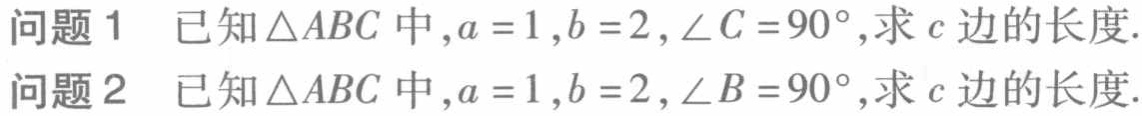
问题 1 已知\(\triangle ABC\)中，\(a = 1\)，\(b = 2\)，\(\angle C = 90^{\circ}\)，求\(c\)边的长度.
问题 2 已知\(\triangle ABC\)中，\(a = 1\)，\(b = 2\)，\(\angle B = 90^{\circ}\)，求\(c\)边的长度.